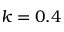
k = 0 . 4